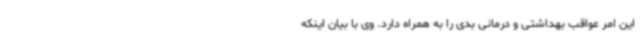
این امر عواقب بهداشتی و درمانی بدی را به همراه دارد. وی با بیان اینکه